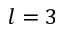
l = 3